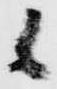
候